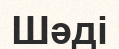
Шәді